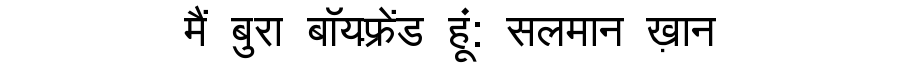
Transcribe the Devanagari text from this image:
मैं बुरा बॉयफ़्रेंड हूं: सलमान ख़ान